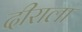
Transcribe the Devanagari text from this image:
दीराला